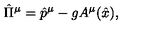
\hat { \Pi } ^ { \mu } = \hat { p } ^ { \mu } - g A ^ { \mu } ( \hat { x } ) ,